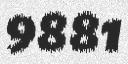
9881